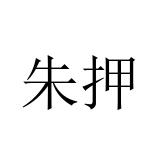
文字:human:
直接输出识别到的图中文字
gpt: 朱押